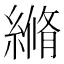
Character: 𦃬